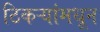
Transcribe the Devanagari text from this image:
ठिकऱ्यांमधून